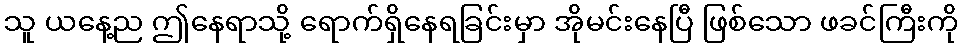
သူ ယနေ့ည ဤနေရာသို့ ရောက်ရှိနေရခြင်းမှာ အိုမင်းနေပြီ ဖြစ်သော ဖခင်ကြီးကို